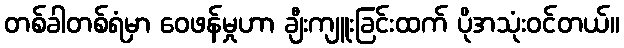
တစ်ခါတစ်ရံမှာ ဝေဖန်မှုဟာ ချီးကျူးခြင်းထက် ပိုအသုံးဝင်တယ်။